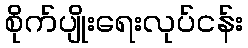
စိုက်ပျိုးရေးလုပ်ငန်း